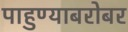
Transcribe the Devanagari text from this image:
पाहुण्याबरोबर